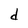
Character: d